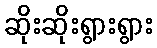
ဆိုးဆိုးရွားရွား